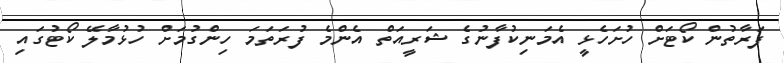
ފަރާތުން ކޯޓަށް ހުށަހެޅީ އެމަނިކުފާނުގެ ޝަރީއަތް އެންމެ ފުރަތަމަ ހިންގުމަށް ހުޅުމާލޭ ކޯޓުގައި